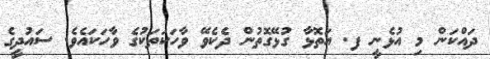
ދައްކަން މި އުޅެނީ ފ. އަތޮޅާ ގުޅޭގޮތުން ދެކެވޭ ވާހަކަތަކުގެ ވާހަކައެވެ. ސައުދީގެ